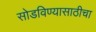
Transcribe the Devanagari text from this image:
सोडविण्यासाठीचा